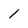
Character: 1